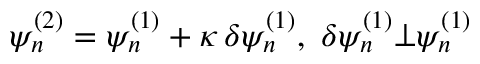
\psi _ { n } ^ { ( 2 ) } = \psi _ { n } ^ { ( 1 ) } + \kappa \, \delta \psi _ { n } ^ { ( 1 ) } , ~ \delta \psi _ { n } ^ { ( 1 ) } \bot \psi _ { n } ^ { ( 1 ) }